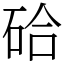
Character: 硆